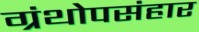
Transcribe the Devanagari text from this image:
ग्रंथोपसंहार